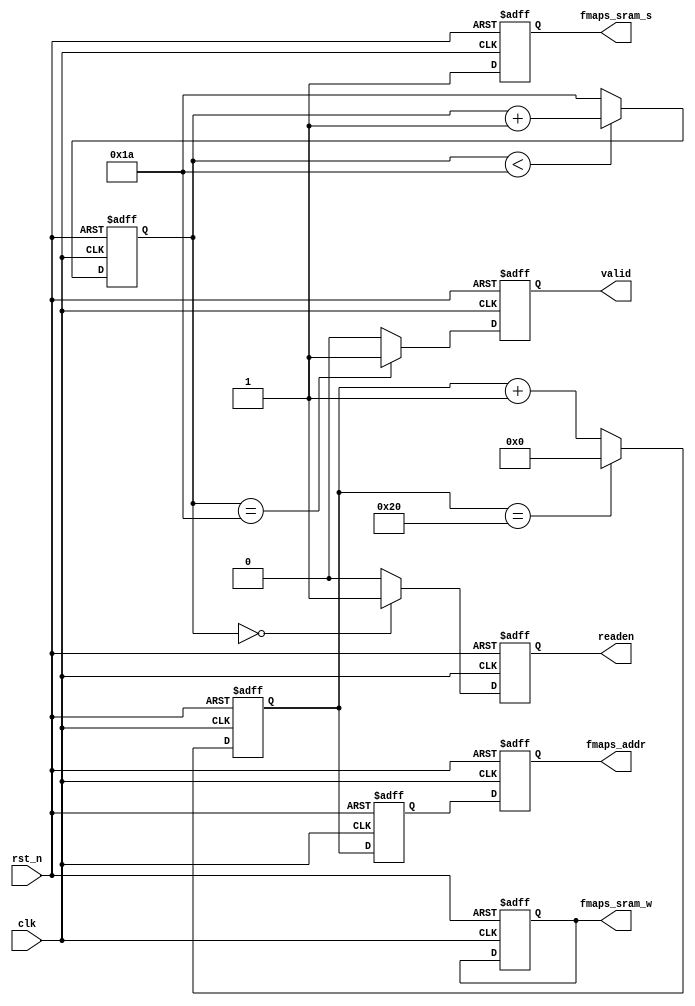
module control(input clk,
               input rst_n,
               output reg readen,
               output reg fmaps_sram_s,
               output reg fmaps_sram_w,
               output reg valid,
               output reg [5:0] fmaps_addr);
    
    reg [4:0] cnt;
    
    // fmaps_addr_reg
    reg [5:0] fmaps_addr_reg_1;
    reg [5:0] fmaps_addr_reg_2;
    always @(posedge clk or negedge rst_n) begin
        if (!rst_n) begin
            fmaps_addr_reg_1 <= 0;
            fmaps_addr_reg_2 <= 0;
        end
        else begin
            if (fmaps_addr_reg_1 == 32)
                fmaps_addr_reg_1 <= 0;
            else
                fmaps_addr_reg_1 <= fmaps_addr_reg_1 + 1;
            fmaps_addr_reg_2 <= fmaps_addr_reg_1;
        end
    end
    
    // fmaps_addr
    always @(posedge clk or negedge rst_n) begin
        if (!rst_n) begin
            fmaps_addr <= 0;
        end
        else begin
            fmaps_addr <= fmaps_addr_reg_2;
        end
    end
    
    // weight_regfile
    always @(posedge clk or negedge rst_n) begin
        if (!rst_n) begin
            readen <= 0;
        end
        else begin
            if (cnt == 0)
                readen <= 1;
            else
                readen <= 0;
        end
    end
    
    // fmaps_sram
    always @(posedge clk or negedge rst_n) begin
        if (!rst_n) begin
            fmaps_sram_s <= 0;
            fmaps_sram_w <= 0;
        end
        else
            fmaps_sram_s <= 1;
    end
    
    // cnt
    always @(posedge clk or negedge rst_n) begin
        if (!rst_n) begin
            cnt <= 0;
        end
        else begin
            if (cnt < 26) begin
                cnt <= cnt + 1;
            end
            else
                cnt <= 26;
        end
    end
    
    // valid
    always @(posedge clk or negedge rst_n) begin
        if (!rst_n) begin
            valid <= 0;
        end
        else begin
            if (cnt == 26)
                valid <= 1;
            else
                valid <= 0;
        end
    end
    
endmodule // control